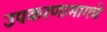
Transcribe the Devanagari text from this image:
उपकरणामागचे